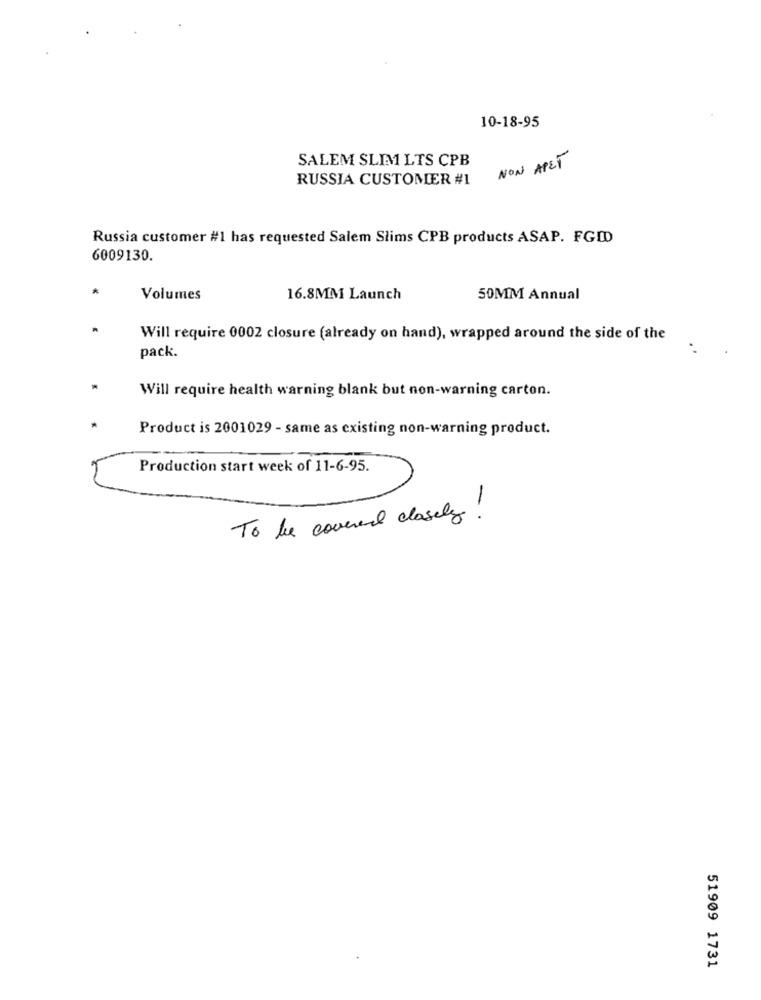
10-18-95
SALEM SLIM LTS CPB
NON APET
RUSSIA CUSTOMER #1
Russia customer #1 has requested Salem Slims CPB products ASAP. FGDD
6009130.
*
Volumes
16.8MM Launch
50MM Annual
Will require 0002 closure (already on hand), wrapped around the side of the
pack.
Will require health warning blank but non-warning carton.
Product is 2001029 - same as existing non-warning product.
Production start week of 11-6-95.
To be covered closely!
51909 1731